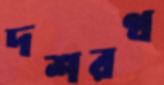
দশরথ